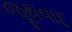
જૂથવાદ